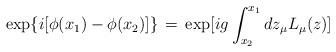
LaTeX: \begin{align*}\exp \{ i [ \phi (x_1) - \phi (x_2)] \} \,=\, \exp [ i g \int_{x_2}^{x_1}d z_{\mu} L_{\mu} (z) ]\end{align*}